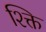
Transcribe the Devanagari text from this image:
श्क्ति